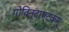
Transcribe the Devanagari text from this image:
गोविन्दाष्टकम्‌